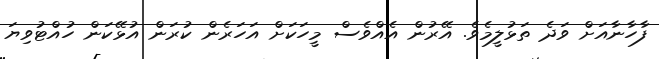
ފާހާނާއަށް ވަދެ ތަޅުލީމެވެ. އޭރުން އެއްވެސް މީހަކަށް އަހަރެން ކުރަން އުޅޭކަން ހުއްޓުވިޔަ